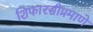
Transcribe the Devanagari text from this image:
शिफारसीप्रमाणे